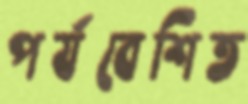
পর্যবেশিত